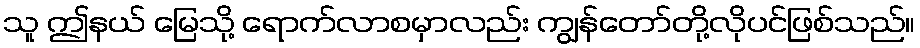
သူ ဤနယ် မြေသို့ ရောက်လာစမှာလည်း ကျွန်တော်တို့လိုပင်ဖြစ်သည်။